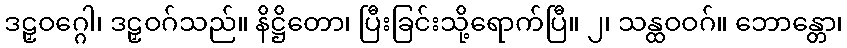
ဒဠှဝဂ္ဂေါ၊ ဒဠှဝဂ်သည်။ နိဋ္ဌိတော၊ ပြီးခြင်းသို့ရောက်ပြီ။ ၂၊ သန္ထဝဝဂ်။ ဘောန္တော၊